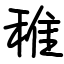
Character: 稚